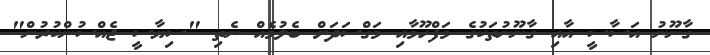
ގާނޫނު އަސާސީ އާއި ގާނޫނުތަކުގެ މަފްހޫމާއި މަގްސަދަށް ބެލުމެއް ނެތި "ސިޔާސީ ޖެއްސުންކުރުން"